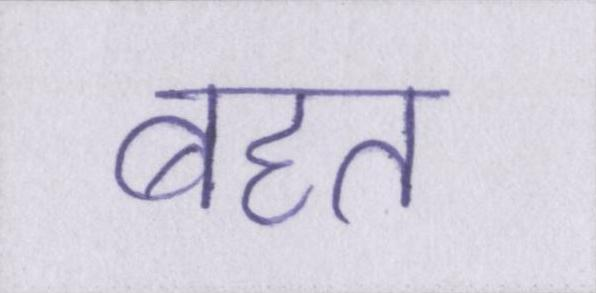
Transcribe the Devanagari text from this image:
बहत